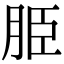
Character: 𦚠